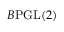
B { \mathrm { P G L } } ( 2 )